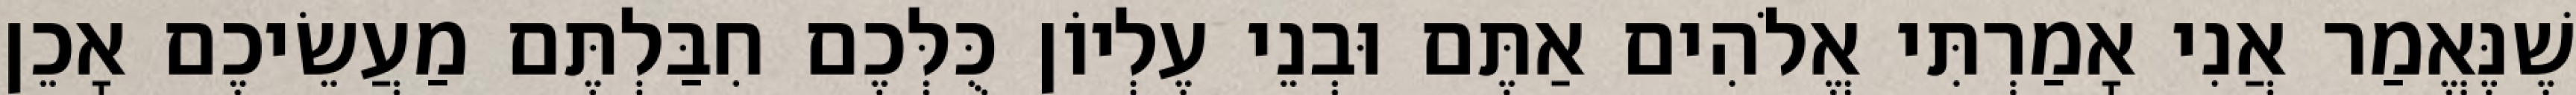
שֶׁנֶּאֱמַר אֲנִי אָמַרְתִּי אֱלֹהִים אַתֶּם וּבְנֵי עֶלְיוֹן כֻּלְּכֶם חִבַּלְתֶּם מַעֲשֵׂיכֶם אָכֵן